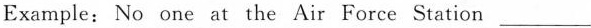
Example: No one at the Air Force Station ___